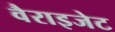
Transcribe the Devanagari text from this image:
वैराइजेट